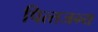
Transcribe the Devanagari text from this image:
पित्‍तजन्‍य